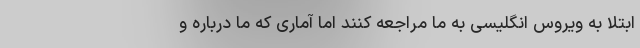
ابتلا به ویروس انگلیسی به ما مراجعه کنند اما آماری که ما درباره و